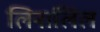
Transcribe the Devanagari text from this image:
लिनालिल